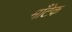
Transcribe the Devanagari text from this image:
माँटेक